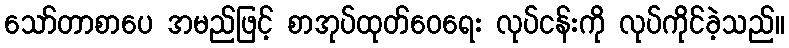
သော်တာစာပေ အမည်ဖြင့် စာအုပ်ထုတ်ဝေရေး လုပ်ငန်းကို လုပ်ကိုင်ခဲ့သည်။